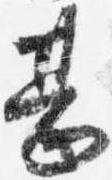
甚